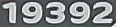
19392